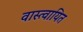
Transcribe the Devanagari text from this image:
वास्त्वायित